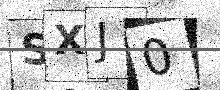
Text: SXJ0